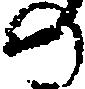
の